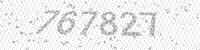
Solution: 767827